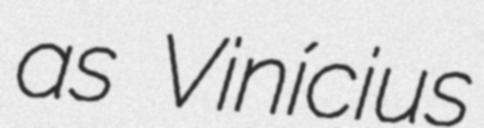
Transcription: as Vinícius